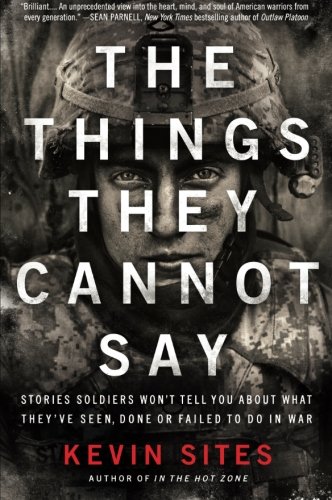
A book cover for The Things They Cannot Say: Stories Soldiers Won't Tell You About What They've Seen, Done or Failed to Do in War; Kevin Sites; History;